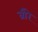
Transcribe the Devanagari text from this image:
ब्रीरे